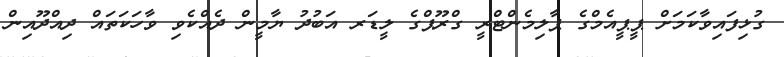
ގުޅިފައިވާކަމަށް ޕީޕީއެމްގެ ޕާލިމެންޓްރީ ގްރޫޕްގެ ލީޑަރ އަބުދު ޔާމީން ދެއްކެވި ވާހަކަތައް ދިއްދޫއިން